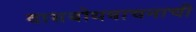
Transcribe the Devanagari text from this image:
दासबोधवाचनाची